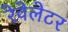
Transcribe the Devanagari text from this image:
रेवेलेटर